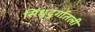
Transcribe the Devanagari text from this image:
सिंधुदुर्गातली